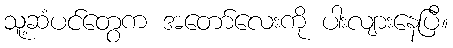
သူ့ဆံပင်တွေက အတော်လေးကို ပါးလျားနေပြီ။